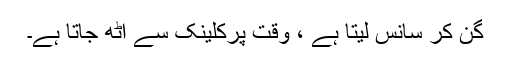
گن کر سانس لیتا ہے ، وقت پرکلینک سے اٹھ جاتا ہے۔